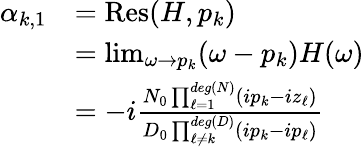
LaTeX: \begin{array}{r}{\begin{array}{rl}{\alpha_{k,1}}&{=\mathrm{Res}(H,p_{k})}\\ &{=\operatorname*{lim}_{\omega\rightarrow p_{k}}(\omega-p_{k})H(\omega)}\\ &{=-i\frac{N_{0}\prod_{\ell=1}^{deg(N)}(ip_{k}-iz_{\ell})}{D_{0}\prod_{\ell\neq k}^{deg(D)}(ip_{k}-ip_{\ell})}}\end{array}}\end{array}